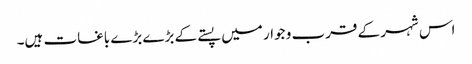
اس شہر کے قرب و جوار میں پستے کے بڑے بڑے باغات ہیں۔